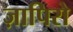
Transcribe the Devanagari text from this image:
ज़ापिरो